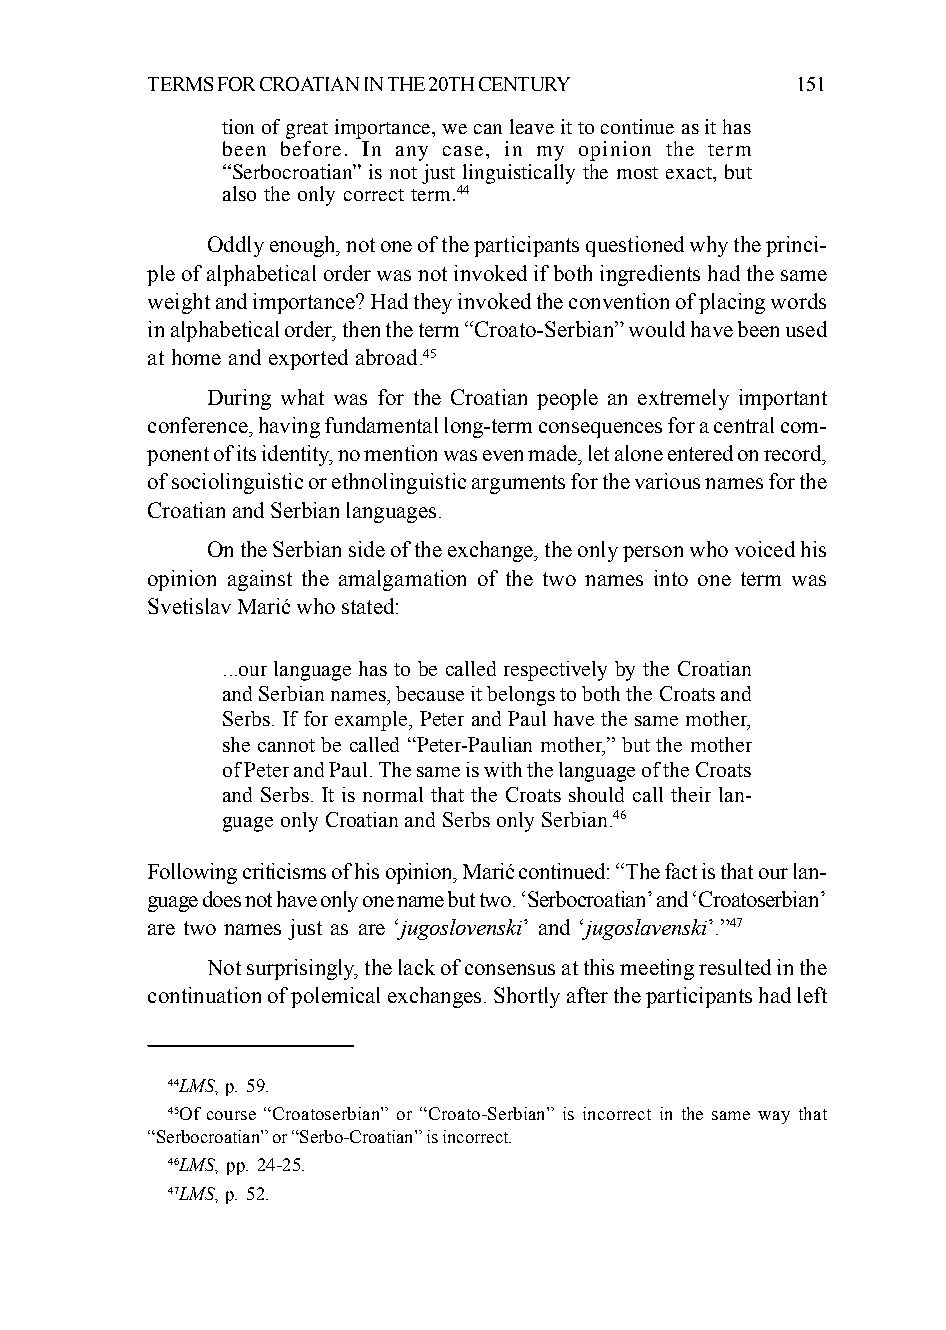
TERMS FOR CROATIAN IN THE 20TH CENTURY     151
 tion of great importance, we can leave it to continue as it has
 been before. In any case, in my opinion the term
 “Serbocroatian” is not just linguistically the most exact, but
 also the only correct term.44
 Oddly enough, not one of the participants questioned why the princi-
 ple of alphabetical order was not invoked if both ingredients had the same
 weight and importance? Had they invoked the convention of placing words
 in alphabetical order, then the term “Croato-Serbian” would have been used
 at home and exported abroad.45
 During what was for the Croatian people an extremely important
 conference, having fundamental long-term consequences for a central com-
 ponent of its identity, no mention was even made, let alone entered on record,
 of sociolinguistic or ethnolinguistic arguments for the various names for the
 Croatian and Serbian languages.
 On the Serbian side of the exchange, the only person who voiced his
 opinion against the amalgamation of the two names into one term was
 Svetislav Marić who stated:
 ...our language has to be called respectively by the Croatian
 and Serbian names, because it belongs to both the Croats and
 Serbs. If for example, Peter and Paul have the same mother,
 she cannot be called “Peter-Paulian mother,” but the mother
 of Peter and Paul. The same is with the language of the Croats
 and Serbs. It is normal that the Croats should call their lan-
 guage only Croatian and Serbs only Serbian.46
 Following criticisms of his opinion, Marić continued: “The fact is that our lan-
 guage does not have only one name but two. ‘Serbocroatian’ and ‘Croatoserbian’
 are two names just as are ‘jugoslovenski’ and ‘jugoslavenski’.”47
 Not surprisingly, the lack of consensus at this meeting resulted in the
 continuation of polemical exchanges. Shortly after the participants had left
 44LMS, p. 59.
 45Of course “Croatoserbian” or “Croato-Serbian” is incorrect in the same way that
 “Serbocroatian” or “Serbo-Croatian” is incorrect.
 46LMS, pp. 24-25.
 47LMS, p. 52.